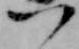
つ